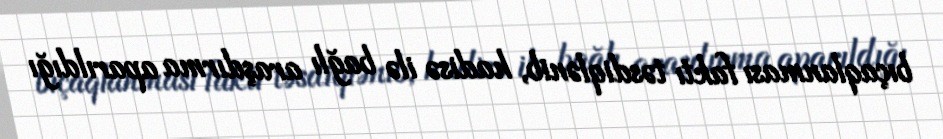
bıçaqlanması faktı təsdiqlənib, hadisə ilə bağlı araşdırma aparıldığı